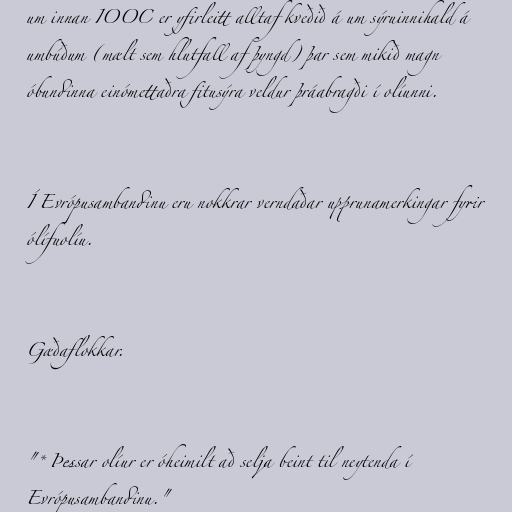
um innan IOOC er yfirleitt alltaf kveðið á um sýruinnihald á
umbúðum (mælt sem hlutfall af þyngd) þar sem mikið magn
óbundinna einómettaðra fitusýra veldur þráabragði í olíunni.

Í Evrópusambandinu eru nokkrar verndaðar upprunamerkingar fyrir
ólífuolíu.

Gæðaflokkar.

"* Þessar olíur er óheimilt að selja beint til neytenda í
Evrópusambandinu."